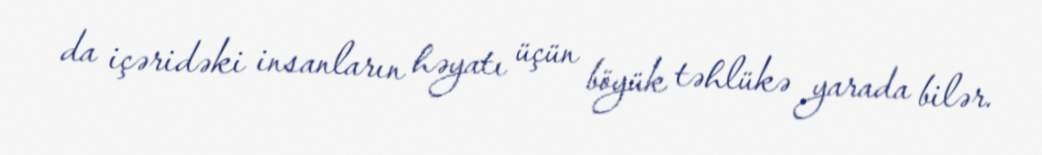
da içəridəki insanların həyatı üçün böyük təhlükə yarada bilər.